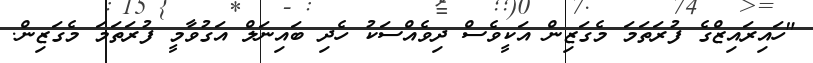
"ހައިރައިޒްގެ ފުރަތަމަ މެގަޒިން އަކީވެސް ދިވެއްސަކު ހެދި ބައިނަލް އަގުވާމީ ފުރަތަމަ މެގަޒިން.